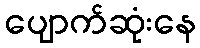
ပျောက်ဆုံးနေ